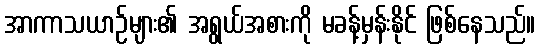
အာကာသယာဉ်များ၏ အရွယ်အစားကို မခန့်မှန်းနိုင် ဖြစ်နေသည်။